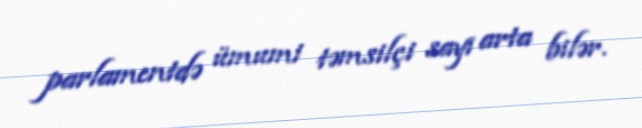
parlamentdə ümumi təmsilçi sayı arta bilər.